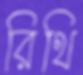
রিথি